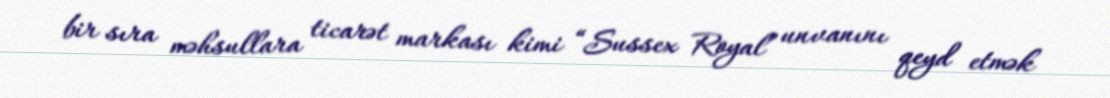
bir sıra məhsullara ticarət markası kimi “Sussex Royal” unvanını qeyd etmək